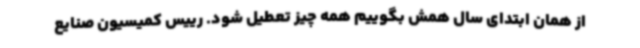
از همان ابتدای سال همش بگوییم همه چیز تعطیل شود. رییس کمیسیون صنایع